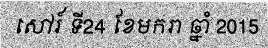
សៅរ៍ ទី24 ខែមករា ឆ្នាំ 2015